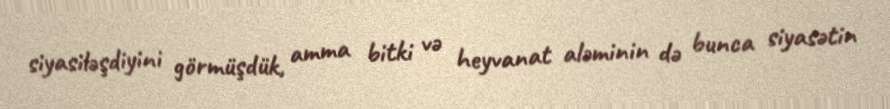
siyasiləşdiyini görmüşdük, amma bitki və heyvanat aləminin də bunca siyasətin